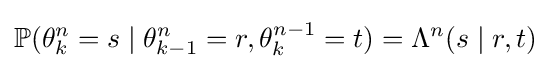
\mathbb {P} (\theta _{k}^{n}=s\mid \theta _{k-1}^{n}=r,\theta _{k}^{n-1}=t)=\Lambda ^{n}(s\mid r,t)